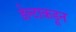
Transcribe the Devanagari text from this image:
डेल्टाकडून